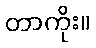
တာကိုး။